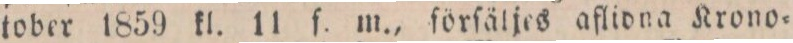
tober 1859 kl. 11 f. m., förſäljes aflidna Krono=